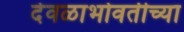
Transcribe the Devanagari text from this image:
देवळाभोवतीच्या